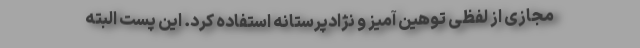
مجازی از لفظی توهین آمیز و نژادپرستانه استفاده کرد. این پست البته